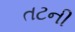
તટની